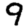
Digit: 9